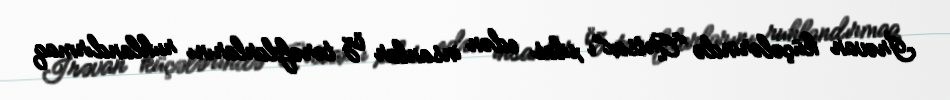
İrəvan küçələrində “Artsax”ı xilas edən insanlar öz tərəfdarlarını ruhlandırmaq